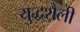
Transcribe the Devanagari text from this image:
युद्धशैली